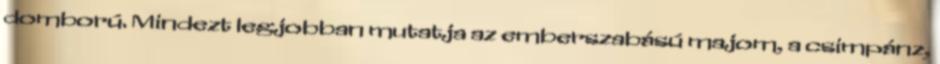
domború. Mindezt legjobban mutatja az emberszabású majom, a csimpánz,